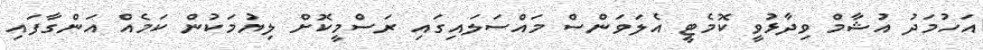
އަހުމަދު އުޝާމް ވިދާޅުވީ ކޮމެޓީ އެލަވަންސް މައްސަލައިގައި ރަސްމީކޮށް ލިޔުމަކުން ކަމެއް އަންގާފައި